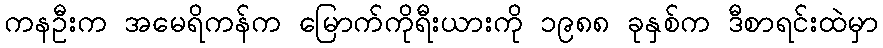
ကနဦးက အမေရိကန်က မြောက်ကိုရီးယားကို ၁၉၈၈ ခုနှစ်က ဒီစာရင်းထဲမှာ